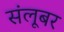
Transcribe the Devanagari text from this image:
संलूबर